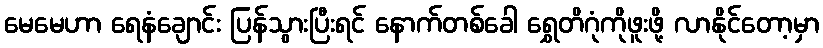
မေမေဟာ ရေနံချောင်း ပြန်သွားပြီးရင် နောက်တစ်ခေါ ရွှေတိဂုံကိုဖူးဖို့ လာနိုင်တော့မှာ